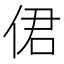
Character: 侰